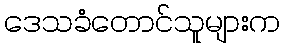
ဒေသခံတောင်သူများက